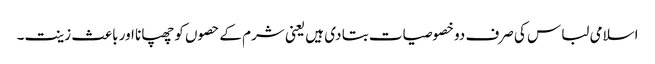
اسلامی لباس کی صرف دو خصوصیات بتا دی ہیں یعنی شرم کے حصوں کو چھپانا اور باعث زینت۔